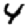
Digit: 4